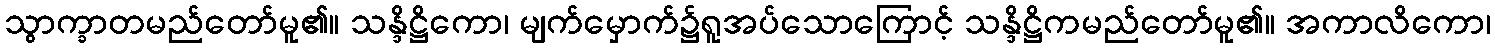
သွာက္ခာတမည်တော်မူ၏။ သန္ဒိဋ္ဌိကော၊ မျက်မှောက်၌ရူအပ်သောကြောင့် သန္ဒိဋ္ဌိကမည်တော်မူ၏။ အကာလိကော၊